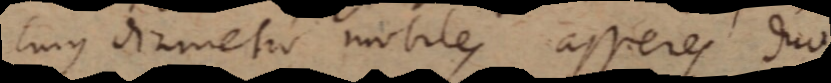
cujus diametro mobiles asseres duo